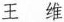
王维